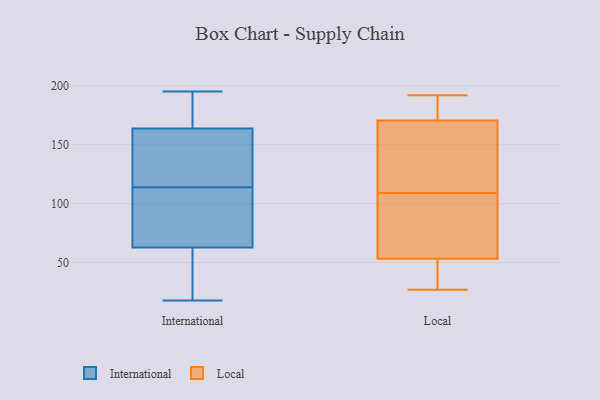
{"axis": {"x": "Shipments", "y": "Value"}, "legend": ["International", "Local"], "data": [{"x": "", "y": 18, "type": "International"}, {"x": "", "y": 112, "type": "International"}, {"x": "", "y": 173, "type": "International"}, {"x": "", "y": 195, "type": "International"}, {"x": "", "y": 187, "type": "International"}, {"x": "", "y": 114, "type": "International"}, {"x": "", "y": 25, "type": "International"}, {"x": "", "y": 136, "type": "International"}, {"x": "", "y": 77, "type": "International"}, {"x": "", "y": 58, "type": "International"}, {"x": "", "y": 136, "type": "International"}, {"x": "", "y": 42, "type": "Local"}, {"x": "", "y": 27, "type": "Local"}, {"x": "", "y": 38, "type": "Local"}, {"x": "", "y": 167, "type": "Local"}, {"x": "", "y": 77, "type": "Local"}, {"x": "", "y": 57, "type": "Local"}, {"x": "", "y": 99, "type": "Local"}, {"x": "", "y": 181, "type": "Local"}, {"x": "", "y": 40, "type": "Local"}, {"x": "", "y": 164, "type": "Local"}, {"x": "", "y": 109, "type": "Local"}, {"x": "", "y": 192, "type": "Local"}, {"x": "", "y": 135, "type": "Local"}, {"x": "", "y": 151, "type": "Local"}, {"x": "", "y": 71, "type": "Local"}, {"x": "", "y": 186, "type": "Local"}, {"x": "", "y": 187, "type": "Local"}]}